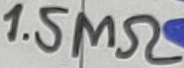
Text: 1.5MΩ